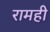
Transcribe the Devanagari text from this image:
रामही